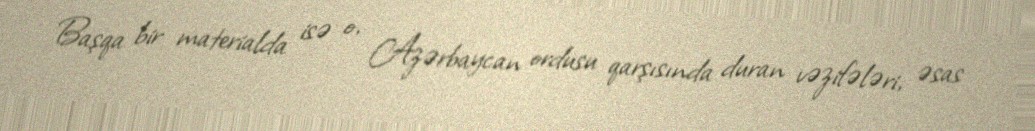
Başqa bir materialda isə o, Azərbaycan ordusu qarşısında duran vəzifələri, əsas